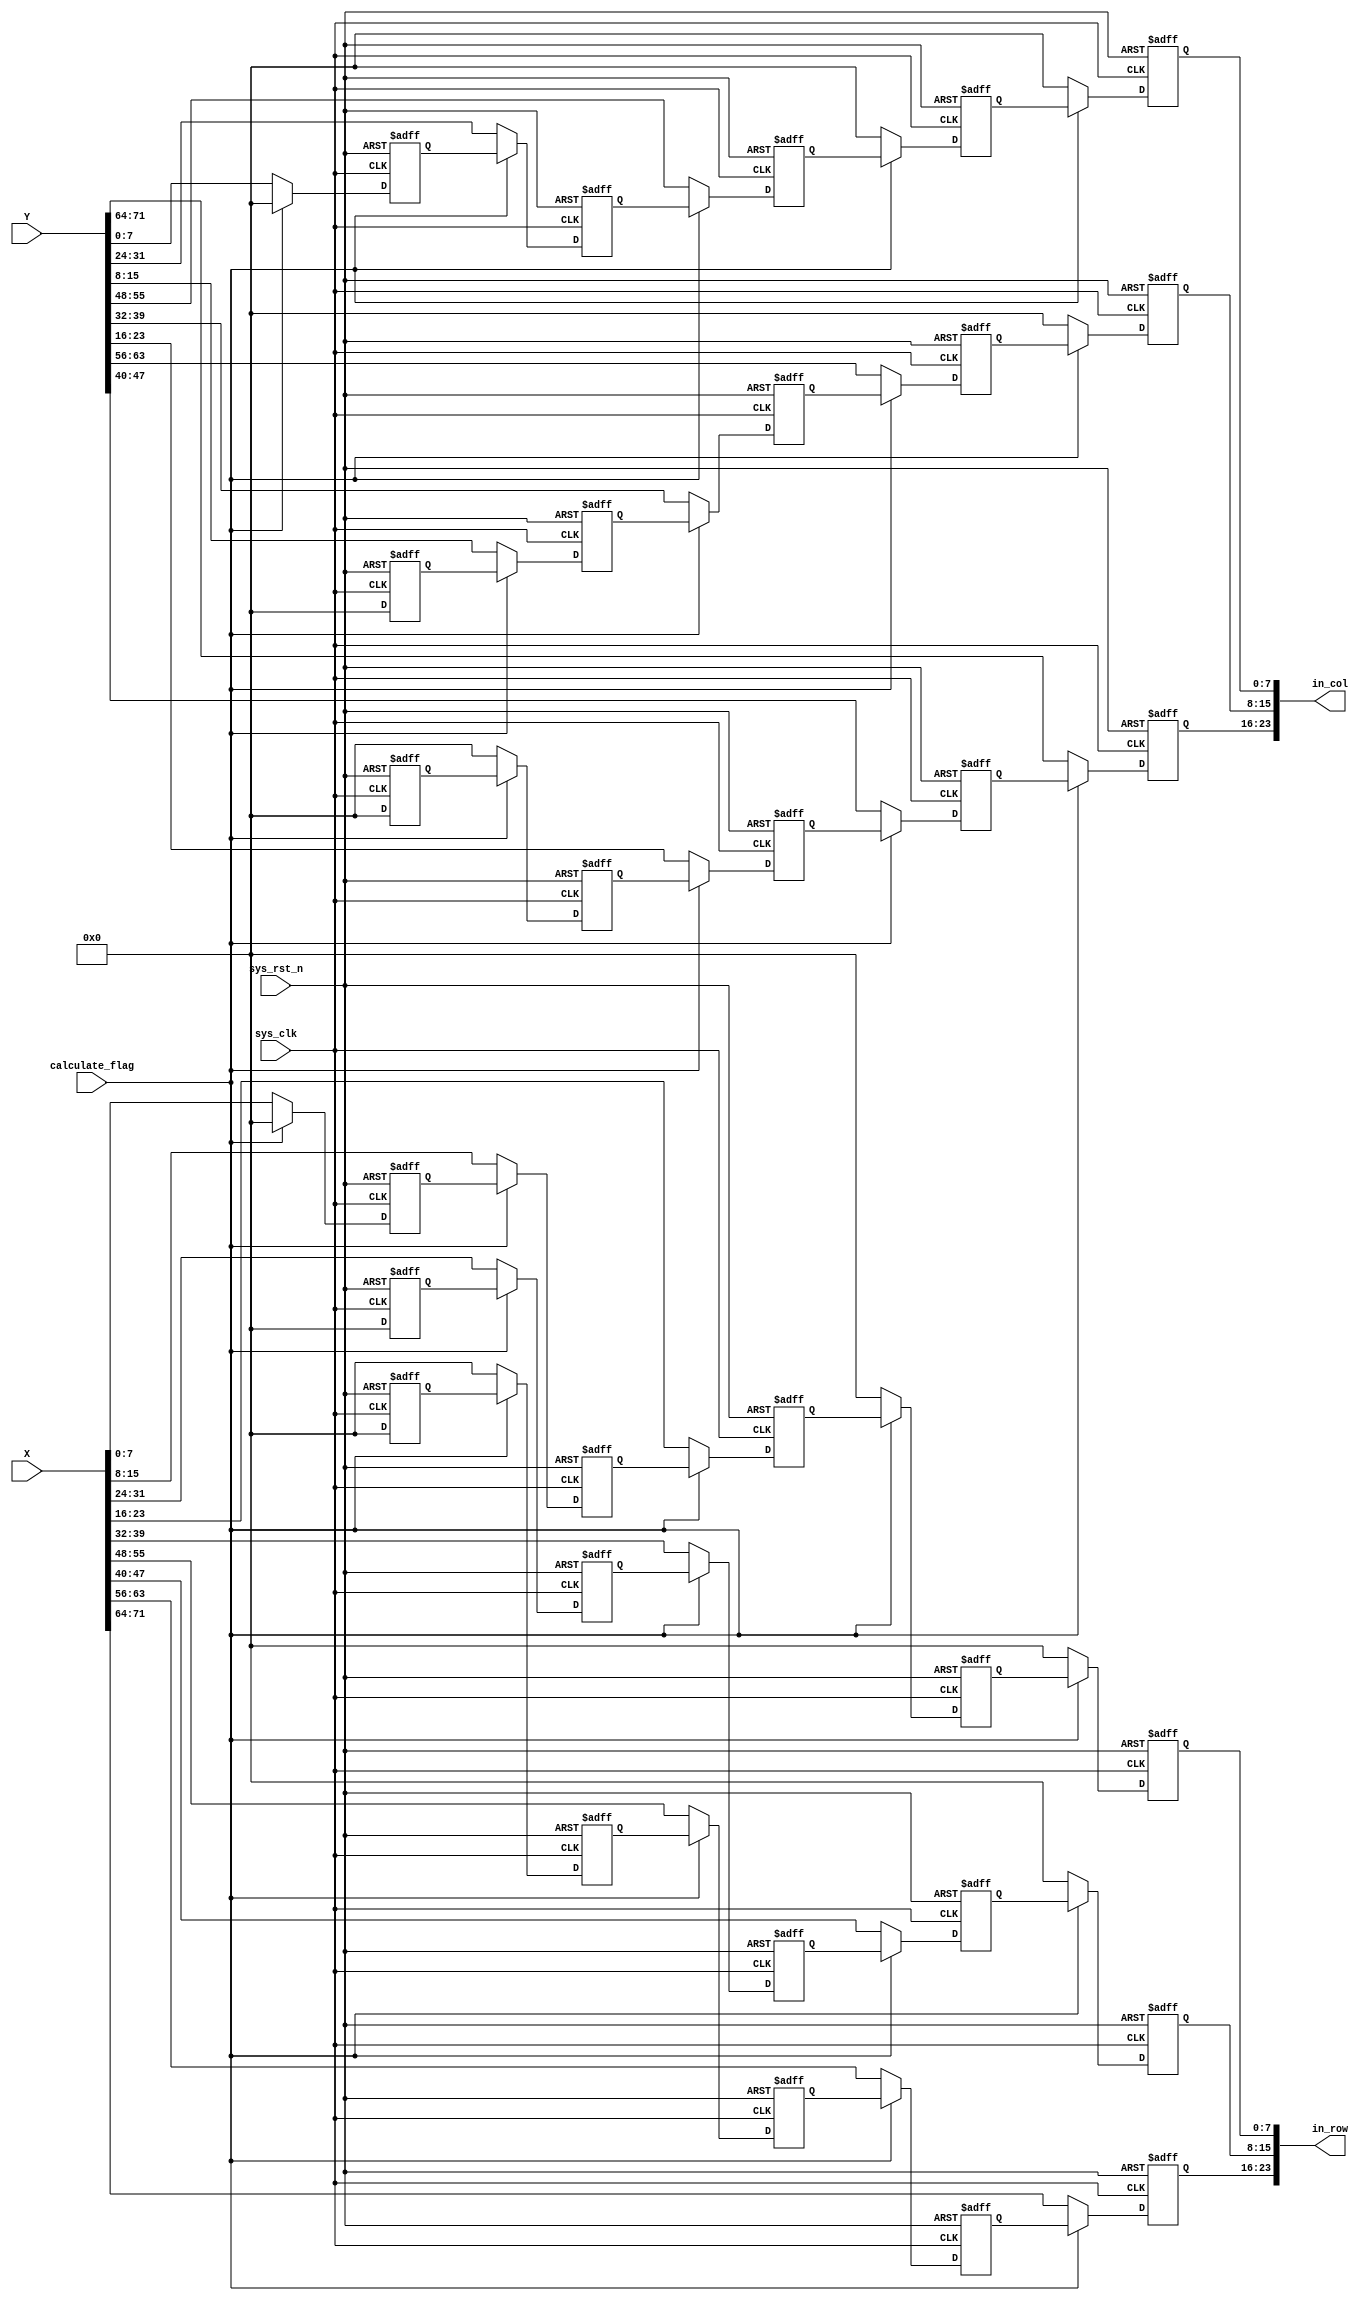
// This program was cloned from: https://github.com/redlightASl/Notes
// License: GNU General Public License v3.0

`timescale 1ns / 1ps

module array_regenerate#(
           parameter BITWIDTH = 8,
           parameter X_ROW = 3,
           parameter XCOL_YROW = 3,
           parameter Y_COL = 3
       )(
           input wire sys_clk,
           input wire sys_rst_n,
           input wire calculate_flag,

           input wire signed [BITWIDTH * X_ROW * XCOL_YROW - 1: 0] X, //X: X_ROW*X_COL matrix
           input wire signed [BITWIDTH * XCOL_YROW * Y_COL - 1: 0] Y, //Y: Y_ROW*Y_COL matrix

           output wire signed [Y_COL * BITWIDTH - 1: 0] in_col,
           output wire signed [X_ROW * BITWIDTH - 1: 0] in_row
       );

reg signed [BITWIDTH - 1: 0] data_buffer_row [0: XCOL_YROW + X_ROW - 2][0: X_ROW - 1]; //matrix X regenerate as row buffer
reg signed [BITWIDTH - 1: 0] data_buffer_col [0: XCOL_YROW + Y_COL - 2][0: Y_COL - 1]; //matrix Y regenerate as col buffer

//trans array into matrix 
//regenerate as 2-dimension array
//wait for sending to SA
genvar r, s;
generate
    for (s = 0;s < X_ROW;s = s + 1) begin
        assign in_row[(X_ROW * BITWIDTH - 1) - (s * BITWIDTH) -: BITWIDTH] = data_buffer_row[0][s];
    end

    for (r = 0;r < XCOL_YROW + X_ROW - 1;r = r + 1) begin
        for (s = 0;s < X_ROW;s = s + 1) begin
            always @(posedge sys_clk or negedge sys_rst_n) begin
                if (!sys_rst_n) begin
                    data_buffer_row[r][s] <= {BITWIDTH{1'b0}};
                end
                else if (calculate_flag) begin
                    if (r < XCOL_YROW + X_ROW - 2) begin
                        data_buffer_row[r][s] <= data_buffer_row[r + 1][s];
                    end
                    else begin
                        data_buffer_row[r][s] <= {BITWIDTH{1'b0}};
                    end
                end
                else begin
                    if ((s <= r) && (s >= r - (XCOL_YROW - 1))) begin
                        data_buffer_row[r][s] <= X[((BITWIDTH * XCOL_YROW * X_ROW - 1) - ((s * BITWIDTH * XCOL_YROW) + ((r - s) * BITWIDTH))) -: BITWIDTH];
                    end
                    else begin
                        data_buffer_row[r][s] <= {BITWIDTH{1'b0}};
                    end
                end
            end
        end
    end
endgenerate

genvar p, q;
generate
    for (q = 0;q < Y_COL;q = q + 1) begin
        assign in_col[(Y_COL * BITWIDTH - 1) - (q * BITWIDTH) -: BITWIDTH] = data_buffer_col[0][q];
    end

    for (p = 0;p < XCOL_YROW + Y_COL - 1;p = p + 1) begin
        for (q = 0;q < Y_COL;q = q + 1) begin
            always @(posedge sys_clk or negedge sys_rst_n) begin
                if (!sys_rst_n) begin
                    data_buffer_col[p][q] <= {BITWIDTH{1'b0}};
                end
                else if (calculate_flag) begin
                    if (p < XCOL_YROW + Y_COL - 2) begin
                        data_buffer_col[p][q] <= data_buffer_col[p + 1][q];
                    end
                    else begin
                        data_buffer_col[p][q] <= {BITWIDTH{1'b0}};
                    end
                end
                else begin
                    if ((q <= p) && (q >= p - (XCOL_YROW - 1))) begin
                        data_buffer_col[p][q] <= Y[((BITWIDTH * Y_COL * XCOL_YROW - 1) - (((p - q) * BITWIDTH * Y_COL) + (q * BITWIDTH))) -: BITWIDTH];
                    end
                    else begin
                        data_buffer_col[p][q] <= {BITWIDTH{1'b0}};
                    end
                end
            end
        end
    end
endgenerate

endmodule